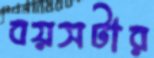
বয়সটার